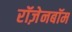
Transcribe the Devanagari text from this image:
रॉज़ेनबॉम